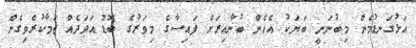
އަޅުގަނޑުމެން މިބުނަނީ ބަޔަކު އެހެން ބުނާއިރަށް ފައިސާގެ މިވަރުގެ ބޮޑު އަދަދެއް ޖަމާކުރެވިގެން